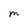
Character: M